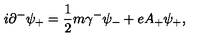
i { \partial } ^ { - } { \psi } _ { + } = \frac { 1 } { 2 } m { \gamma } ^ { - } { \psi } _ { - } + e A _ { + } { \psi } _ { + } ,